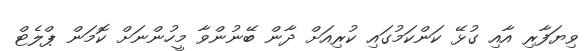
ވިޔަފާރި އާއި ގުޅޭ ކަންކަމުގައި ކުރިއަށް ދާން ބޭނުންވާ މީހުންނަށް ކޮމަން ޕްލެޓް